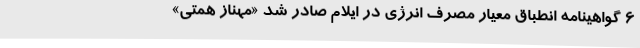
6 گواهینامه انطباق معیار مصرف انرژی در ایلام صادر شد «مهناز همتی»